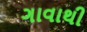
ગાવાથી